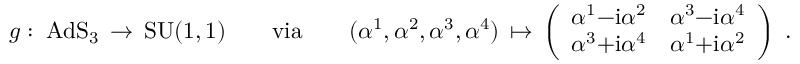
\begin{array} { r } { g : \; \mathrm { A d S _ { 3 } } \, \rightarrow \, \mathrm { S U ( 1 , 1 ) } \qquad \mathrm { v i a } \qquad ( \alpha ^ { 1 } , \alpha ^ { 2 } , \alpha ^ { 3 } , \alpha ^ { 4 } ) \, \mapsto \, \left( \begin{array} { l l } { \alpha ^ { 1 } { - } \mathrm { i } \alpha ^ { 2 } } & { \alpha ^ { 3 } { - } \mathrm { i } \alpha ^ { 4 } } \\ { \alpha ^ { 3 } { + } \mathrm { i } \alpha ^ { 4 } } & { \alpha ^ { 1 } { + } \mathrm { i } \alpha ^ { 2 } } \end{array} \right) \ . } \end{array}